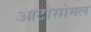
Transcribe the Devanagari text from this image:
आटोसोमल